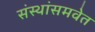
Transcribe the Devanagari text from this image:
संस्थांसमवेत